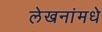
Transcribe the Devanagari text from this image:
लेखनांमधे